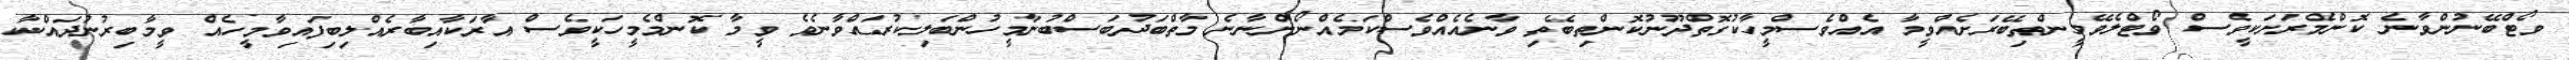
ވޯޓްބޭނުންވާނެ ކޮންމެރަށަކީވެސް ވޯޓްލެވޭމީންތިބޭރަށެއްވީމާ އެއްވެސްމީހާކުގޮތްދޫނުކޮންތިބޭތި ވާނެއެއްވެސްކަމެއްނޯންނާނެ މާތްބަދުބަސްބުނާމީހުންބަލިކުރައްވާނެވެ ވީމާ ކޮންމެމީހަކީވެސް އާރަކާއިބާރެއްލިބިފައިވާމީހެއް ވީމާބިރުނުދައްކާ